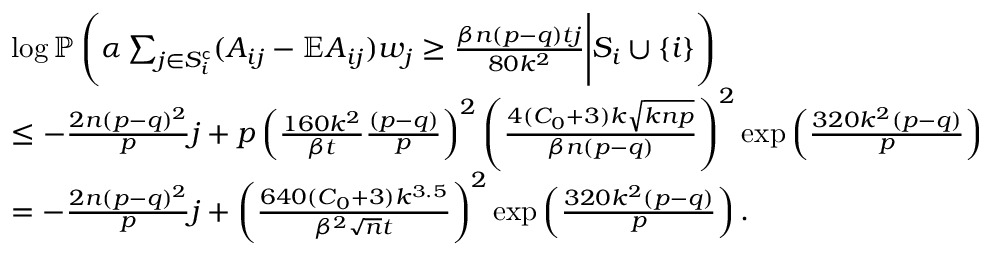
\begin{array} { r l } & { \log \mathbb { P } \left( \alpha \sum _ { j \in S _ { i } ^ { \mathsf { c } } } ( A _ { i j } - \mathbb { E } A _ { i j } ) w _ { j } \geq \frac { \beta n ( p - q ) t j } { 8 0 k ^ { 2 } } \Bigg | S _ { i } \cup \{ i \} \right) } \\ & { \leq - \frac { 2 n ( p - q ) ^ { 2 } } { p } j + p \left( \frac { 1 6 0 k ^ { 2 } } { \beta t } \frac { ( p - q ) } { p } \right) ^ { 2 } \left( \frac { 4 ( C _ { 0 } + 3 ) k \sqrt { k n p } } { \beta n ( p - q ) } \right) ^ { 2 } \exp \left( \frac { 3 2 0 k ^ { 2 } ( p - q ) } { p } \right) } \\ & { = - \frac { 2 n ( p - q ) ^ { 2 } } { p } j + \left( \frac { 6 4 0 ( C _ { 0 } + 3 ) k ^ { 3 . 5 } } { \beta ^ { 2 } \sqrt { n } t } \right) ^ { 2 } \exp \left( \frac { 3 2 0 k ^ { 2 } ( p - q ) } { p } \right) . } \end{array}